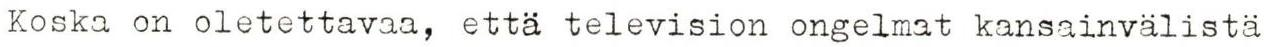
Koska on oletettavaa, että television ongelmat kansainvälistä